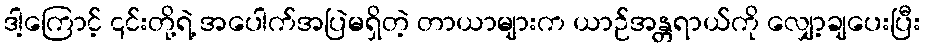
ဒါ့ကြောင့် ၎င်းတို့ရဲ့ အပေါက်အပြဲမရှိတဲ့ တာယာများက ယာဉ်အန္တရာယ်ကို လျှော့ချပေးပြီး